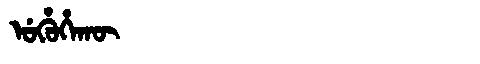
Manchu: ᡠᡥᡠᡥᠠᡴᡡ
Romanization: UHUHAKŪ